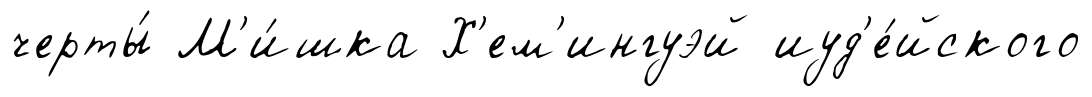
черты́ М'и́шка Х'ем'ингуэй иуд'е́йского